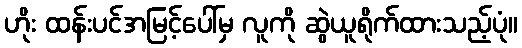
ဟိုး ထန်းပင်အမြင့်ပေါ်မှ လူကို ဆွဲယူရိုက်ထားသည့်ပုံ။